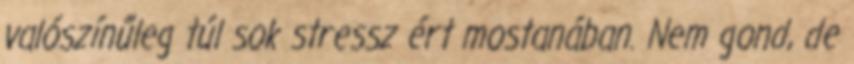
valószínűleg túl sok stressz ért mostanában. Nem gond, de